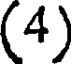
(4)